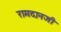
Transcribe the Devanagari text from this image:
रामदानजी